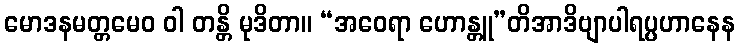
မောဒနမတ္တမေဝ ဝါ တန္တိ မုဒိတာ။ “အဝေရာ ဟောန္တူ”တိအာဒိဗျာပါရပ္ပဟာနေန